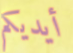
أيديكم